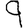
Digit: 9